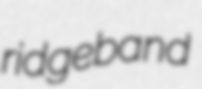
ridgeband